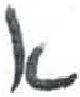
אות: א